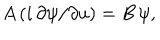
A \, ( i \, \partial \psi / \partial u ) = B \, \psi ,